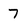
Character: 7